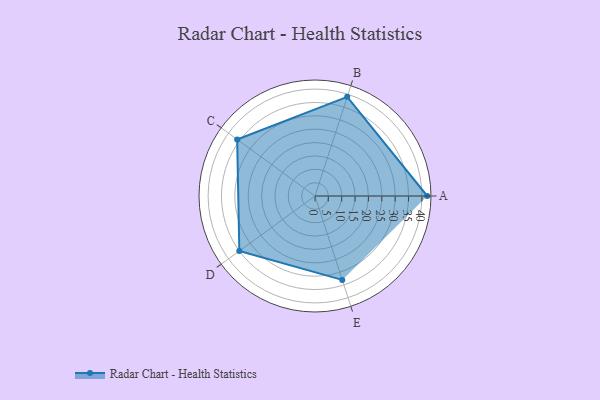
{"axis": {"x": "Skill", "y": "Score"}, "legend": ["Profile"], "data": [{"x": "A", "y": 42.0, "type": "Profile"}, {"x": "B", "y": 39.0, "type": "Profile"}, {"x": "C", "y": 36.0, "type": "Profile"}, {"x": "D", "y": 35.0, "type": "Profile"}, {"x": "E", "y": 33.0, "type": "Profile"}]}